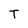
Character: T